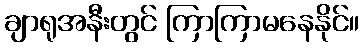
ချာရုအနီးတွင် ကြာကြာမနေနိုင်။